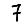
Digit: 7